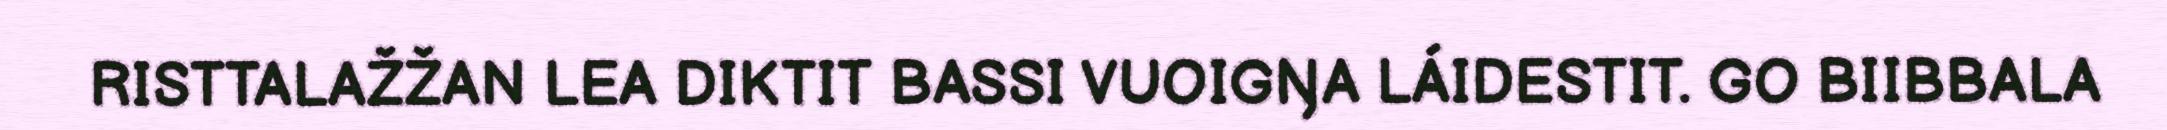
RISTTALAŽŽAN LEA DIKTIT BASSI VUOIGŊA LÁIDESTIT. GO BIIBBALA